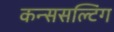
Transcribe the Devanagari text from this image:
कन्ससल्टिंग